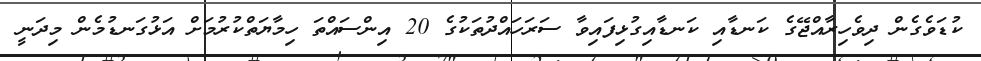
ކުޑަވެގެން ދިވެހިރާއްޖޭގެ ކަނޑާއި ކަނޑާއިގުޅިފައިވާ ސަރަހައްދުތަކުގެ 20 އިންސައްތަ ހިމާޔަތްކުރުމަށް އަޅުގަނޑުމެން މިދަނީ